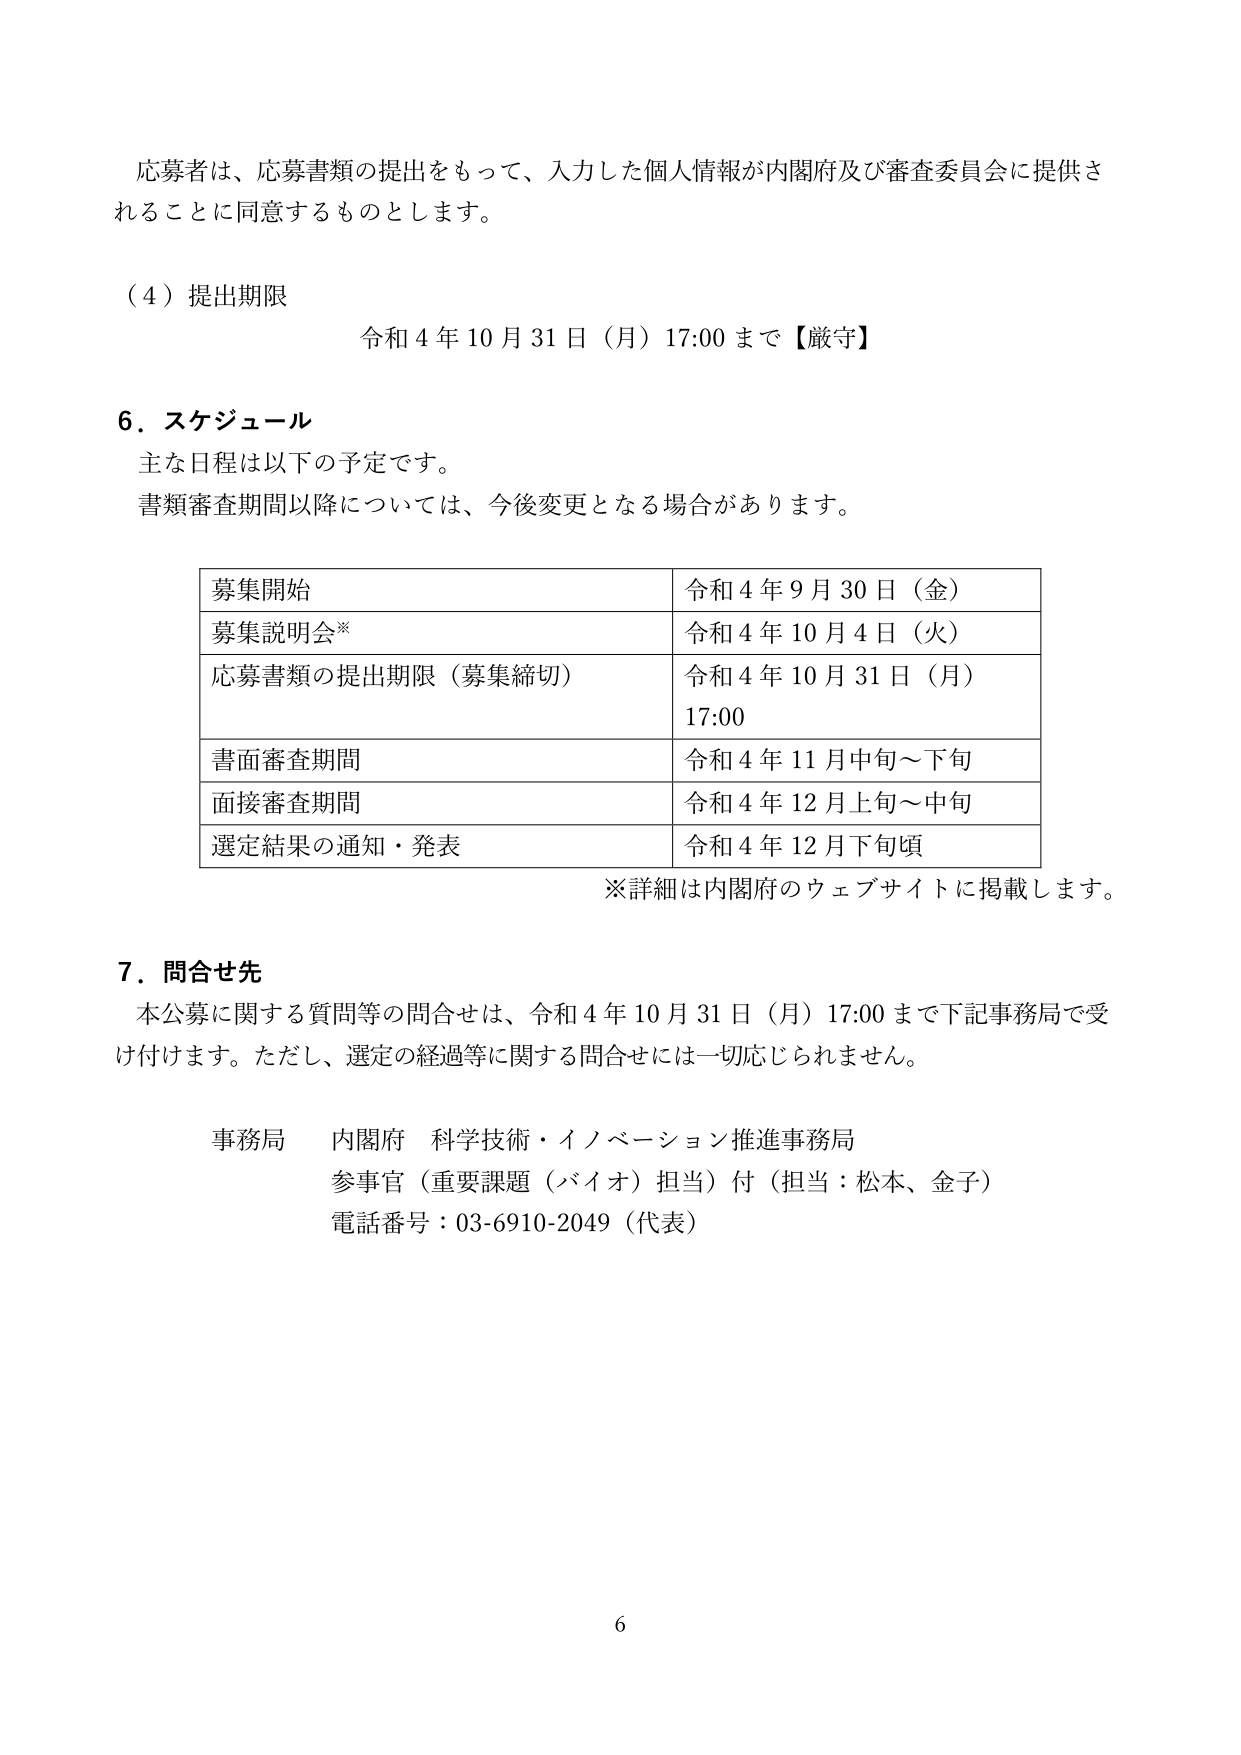
応募者は、応募書類の提出をもって、入力した個人情報が内閣府及び審査委員会に提供されることに同意するものとします。

（４）提出期限
令和４年１０月３１日（月）１７:００まで【厳守】

６．スケジュール
主な日程は以下の予定です。
書類審査期間以降については、今後変更となる場合があります。

| 募集開始 | 令和４年９月３０日（金） |
| --- | --- |
| 募集説明会※ | 令和４年１０月４日（火） |
| 応募書類の提出期限（募集締切） | 令和４年１０月３１日（月）<br>１７:００ |
| 書面審査期間 | 令和４年１１月中旬～下旬 |
| 面接審査期間 | 令和４年１２月上旬～中旬 |
| 選定結果の通知・発表 | 令和４年１２月下旬頃 |

※詳細は内閣府のウェブサイトに掲載します。

７．問合せ先
本公募に関する質問等の問合せは、令和４年１０月３１日（月）１７:００まで下記事務局で受け付けます。ただし、選定の経過等に関する問合せには一切応じられません。

事務局　内閣府　科学技術・イノベーション推進事務局
参事官（重要課題（バイオ）担当）付（担当：松本、金子）
電話番号：０３-６９１０-２０４９（代表）

６